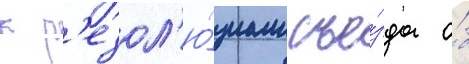
к р'езол'ю́циам съе́зда о́б